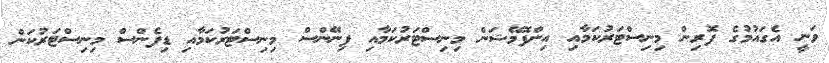
ވަނީ އެގައުމުގެ ފޮރިން މިނިސްޓަރުކަމާއި އިންފޮމޭޝަން މިނިސްޓަރުކަމާއި ފިނޭންސް މިނިސްޓަރުކަމާއި ޑިފެންސް މިނިސްޓަރުކަން